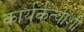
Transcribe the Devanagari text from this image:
कार्यर्कत्यांशी